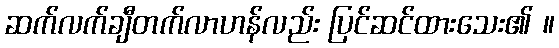
ဆက်လက်ချီတက်လာဟန်လည်း ပြင်ဆင်ထားသေး၏ ။